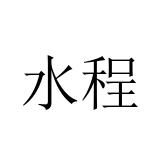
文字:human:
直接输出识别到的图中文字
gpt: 水程